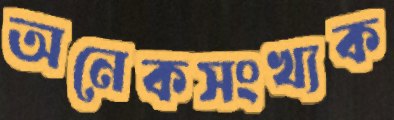
অনেকসংখ্যক